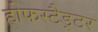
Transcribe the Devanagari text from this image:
होफस्टैड्टर